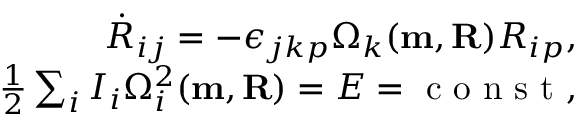
\begin{array} { r } { \dot { R } _ { i j } = - \epsilon _ { j k p } \Omega _ { k } ( { \bf m , R } ) R _ { i p } , } \\ { \frac 1 2 \sum _ { i } I _ { i } \Omega _ { i } ^ { 2 } ( { \bf m , R } ) = E = \mathrm { ~ c ~ o ~ n ~ s ~ t ~ } , } \end{array}